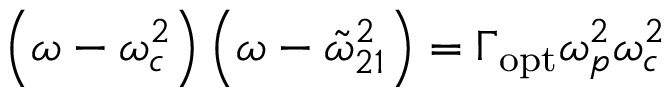
\left( \omega - \omega _ { c } ^ { 2 } \right) \left( \omega - \tilde { \omega } _ { 2 1 } ^ { 2 } \right) = \Gamma _ { \mathrm { o p t } } \omega _ { p } ^ { 2 } \omega _ { c } ^ { 2 }